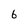
Character: 6